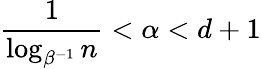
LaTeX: \frac{1}{\log_{\beta^{-1}}n}<\alpha<d+1